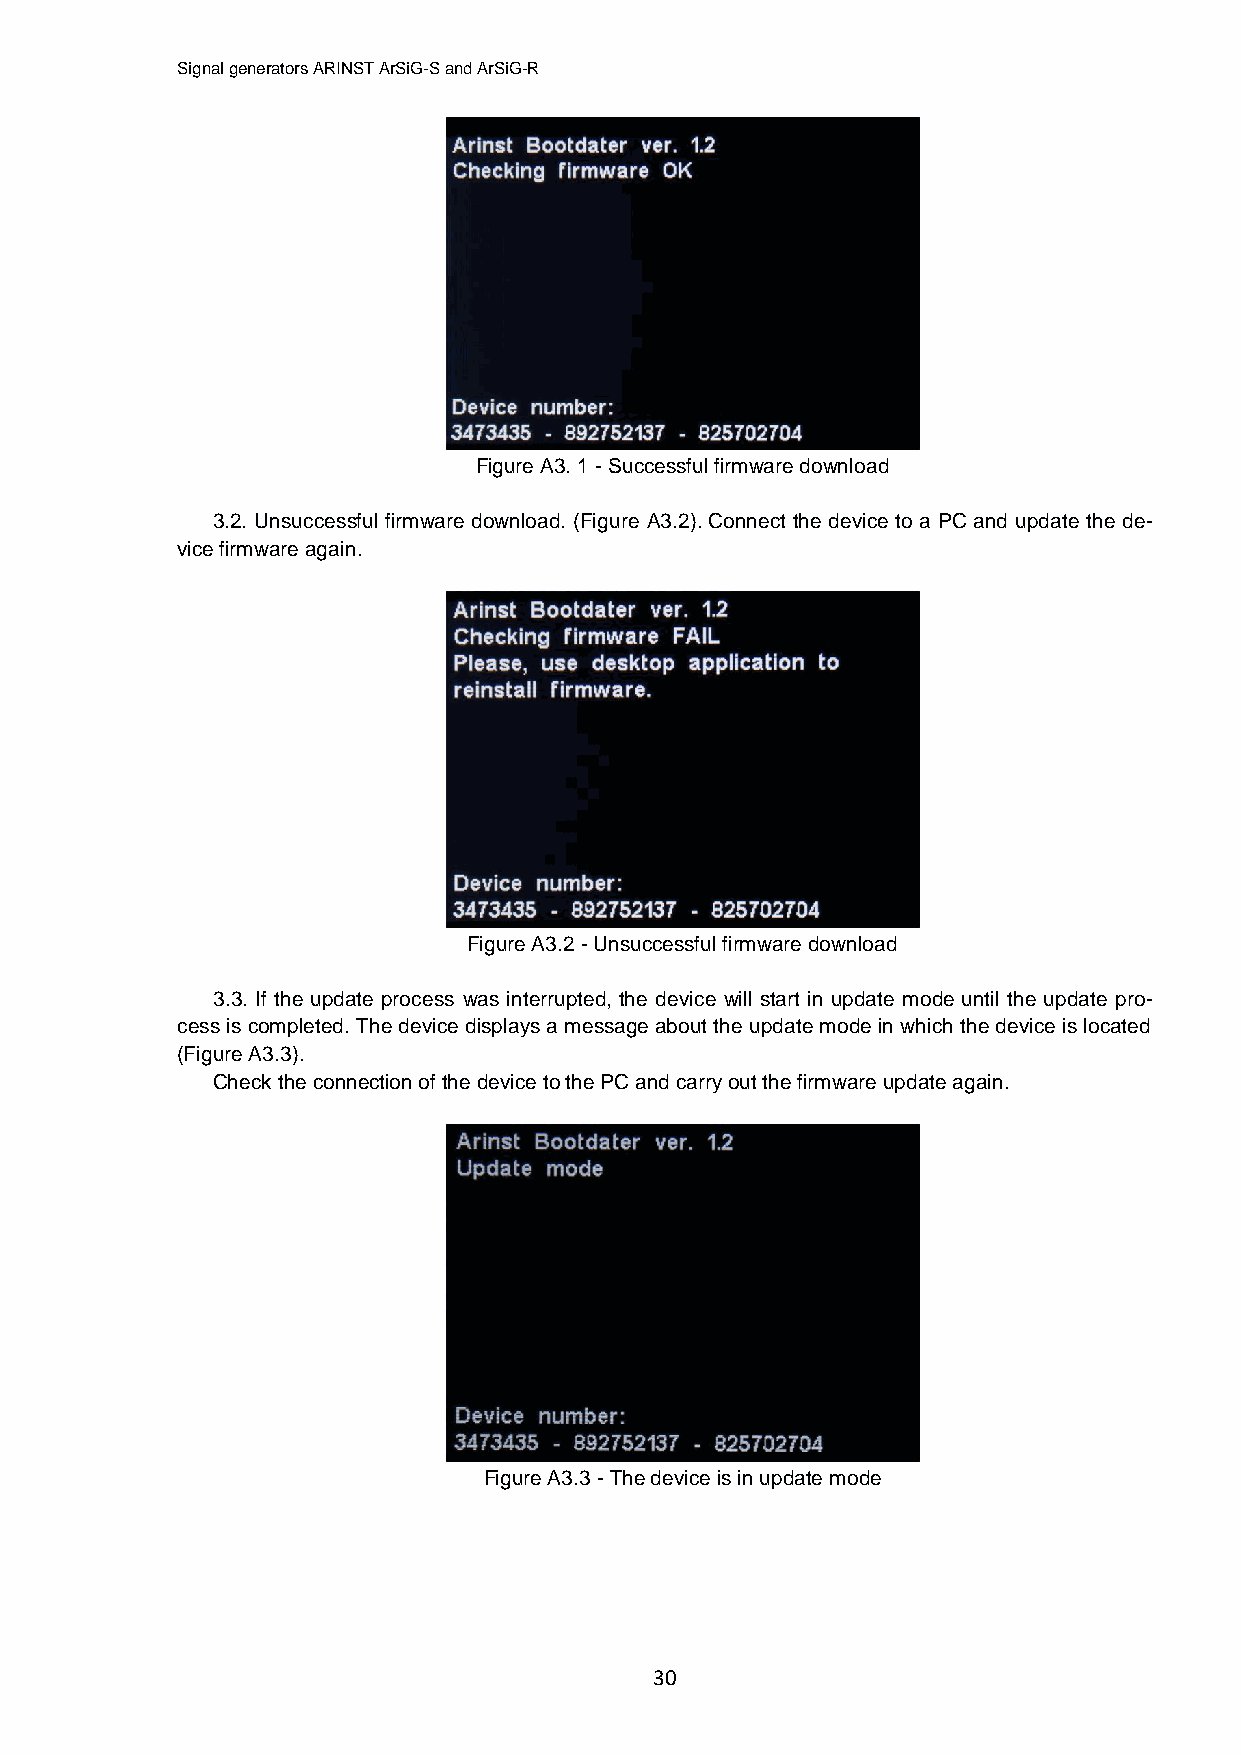
Signal generators ARINST ArSiG-S and ArSiG-R
 Figure A3. 1 - Successful firmware download
 3.2. Unsuccessful firmware download. (Figure A3.2). Connect the device to a PC and update the de-
 vice firmware again.
 Figure A3.2 - Unsuccessful firmware download
 3.3. If the update process was interrupted, the device will start in update mode until the update pro-
 cess is completed. The device displays a message about the update mode in which the device is located
 (Figure A3.3).
 Check the connection of the device to the PC and carry out the firmware update again.
 Figure A3.3 - The device is in update mode
 30